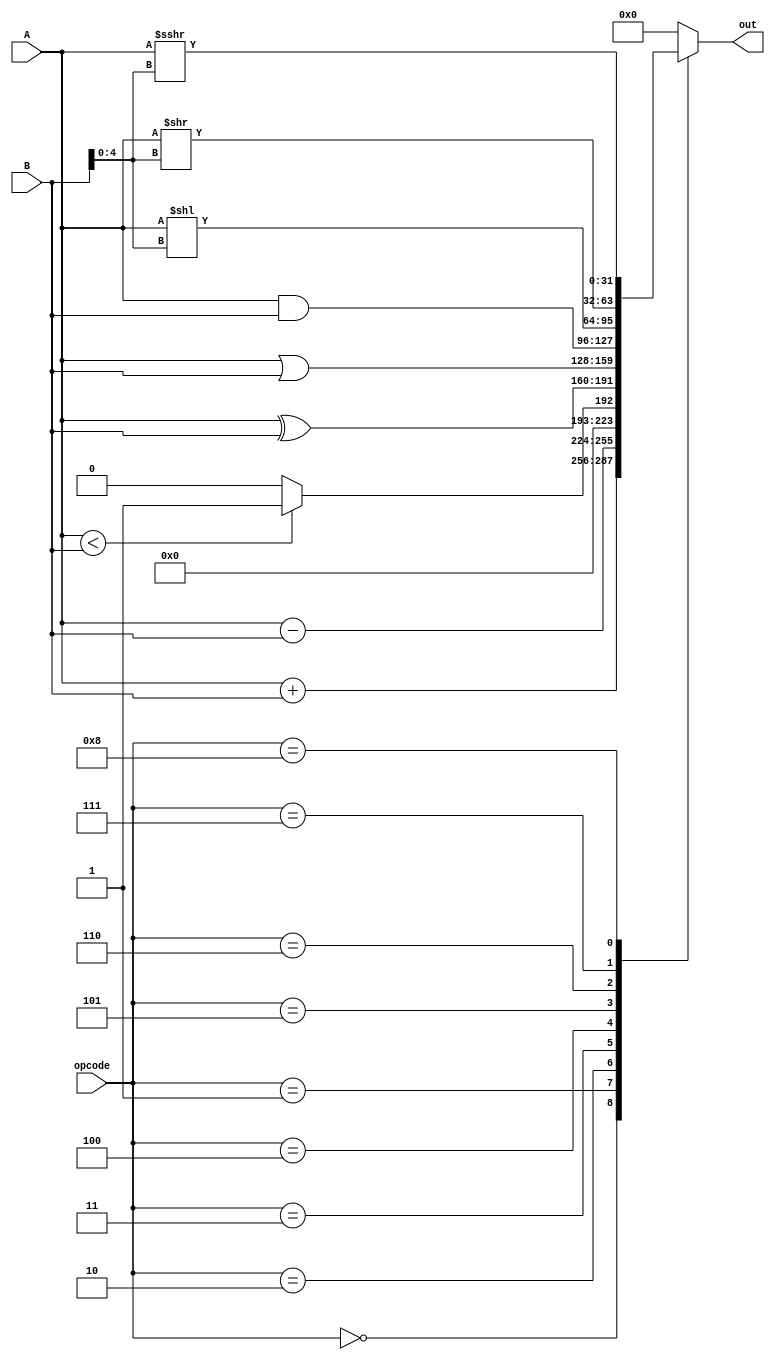
module ALU (
    input signed [31:0] A, B,
    input [3:0] opcode,
    output reg signed [31:0] out
);

always @(*) begin
    case (opcode)
        4'b0000 : out = A + B; //ADD or ADDI
        4'b0001 : out = A - B; //SUB
        4'b0010 : out = (A < B)? 1 : 0; //SLT or SLTI
        4'b0011 : out = A ^ B; //XOR or XORI
        4'b0100 : out = A | B ; //OR or ORI
        4'b0101 : out = A & B; //AND or ANDI
        4'b0110 : out = A << B[4:0]; //SLL or SLLI
        4'b0111 : out = A >> B[4:0]; //SRL or SRLI 
        4'b1000 : out = A >>> B[4:0]; //SRA or SRAI
        default: out = 0;
    endcase
end
endmodule